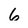
Character: 6